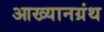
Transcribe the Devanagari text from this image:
आख्यानग्रंथ